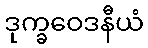
ဒုက္ခဝေဒနီယံ